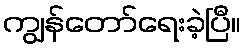
ကျွန်တော်ရေးခဲ့ပြီ။